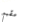
مقيم